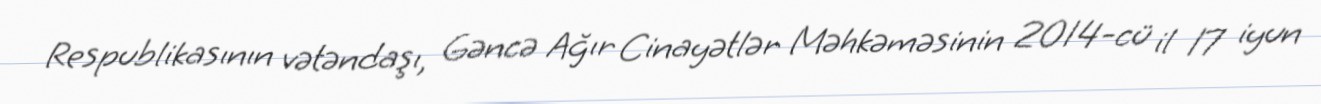
Respublikasının vətəndaşı, Gəncə Ağır Cinayətlər Məhkəməsinin 2014-cü il 17 iyun